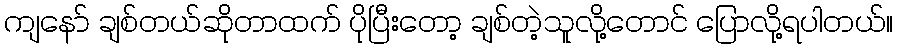
ကျနော် ချစ်တယ်ဆိုတာထက် ပိုပြီးတော့ ချစ်တဲ့သူလို့တောင် ပြောလို့ရပါတယ်။